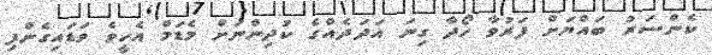
ކެންސަރު ބައްޔަށް ފަރުވާ ހޯދާ ގިނަ އަދަދެއްގެ ކުދިންނަށް މެޑަމް އެހީވެ ވަޑައިގެންފި